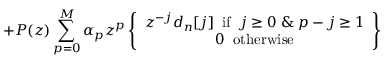
+ P ( z ) \sum _ { p = 0 } ^ { M } \alpha _ { p } z ^ { p } \left\{ \begin{array} { c } { z ^ { - j } d _ { n } [ j ] \; \; \mathrm { i f } \; \; j \ge 0 \; \& \; p - j \ge 1 } \\ { 0 \; \; \mathrm { o t h e r w i s e } } \end{array} \right\}